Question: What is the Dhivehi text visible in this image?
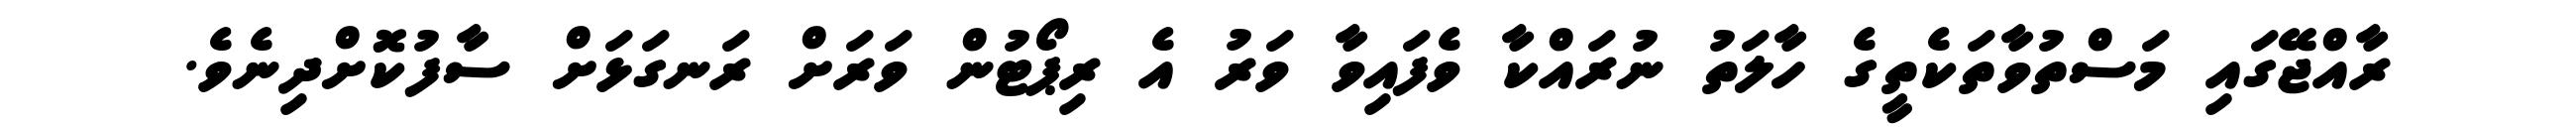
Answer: ރާއްޖޭގައި މަސްތުވާތަކެތީގެ ހާލަތު ނުރައްކާ ވެފައިވާ ވަރު އެ ރިޕޯޓުން ވަރަށް ރަނގަޅަށް ސާފުކޮށްދިނެވެ.